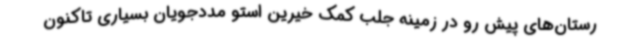
رستان‌های پیش رو در زمینه جلب کمک خیرین استو مددجویان بسیاری تاکنون